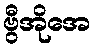
ဗွီအိုအေ